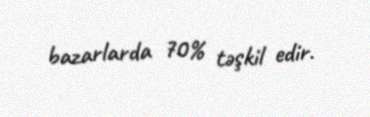
bazarlarda 70% təşkil edir.